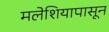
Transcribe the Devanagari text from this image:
मलेशियापासून